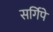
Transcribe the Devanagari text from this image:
सर्गिपे